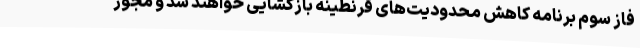
فاز سوم برنامه کاهش محدودیت‌های قرنطینه بازگشایی خواهند شد و مجوز